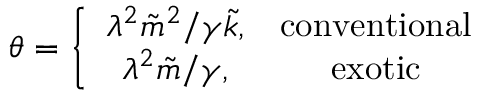
{ \theta } = \left\{ \begin{array} { c c } { { { \lambda ^ { 2 } { \tilde { m } } ^ { 2 } } / { \gamma { \tilde { k } } } , } } & { { \mathrm { c o n v e n t i o n a l } } } \\ { { { \lambda ^ { 2 } } { \tilde { m } } / \gamma , } } & { { \mathrm { e x o t i c } } } \end{array} \right.